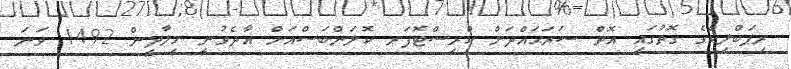
ރިޕަބްލިކްގެ ގޮތުގައި އޮތް ސަރަޙައްދަށް ކްރިސްޓޮފަރ ކޮލަންބަސްއަށް އާދެވުނީ މީލާދީން 1492 ވަނަ